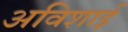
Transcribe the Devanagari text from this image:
अविशाई